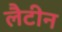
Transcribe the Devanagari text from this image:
लैटीन